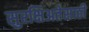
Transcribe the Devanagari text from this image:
सुरक्षिअतेसाठी